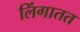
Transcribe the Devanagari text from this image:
लिंगातत